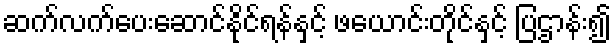
ဆက်လက်ပေးဆောင်နိုင်ရန်နှင့် ဖယောင်းတိုင်နှင့် ပြဌာန်း၍